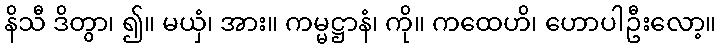
နိသီ ဒိတွာ၊ ၍။ မယှံ၊ အား။ ကမ္မဋ္ဌာနံ၊ ကို။ ကထေဟိ၊ ဟောပါဦးလော့။